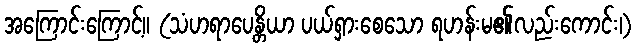
အကြောင်းကြောင့်။ (သံဟရာပေန္တိယာ ပယ်ရှားစေသော ရဟန်းမ၏လည်းကောင်း၊)